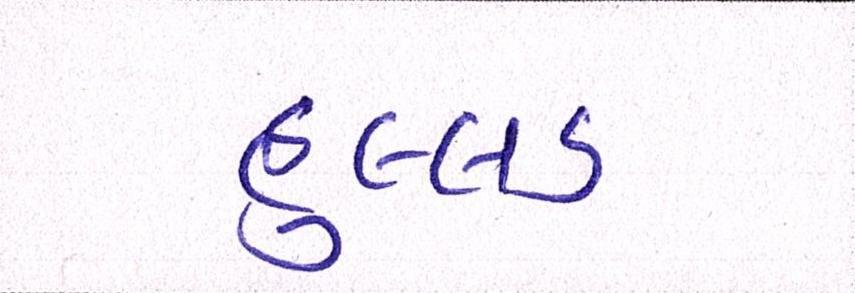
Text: હુલ્લડ